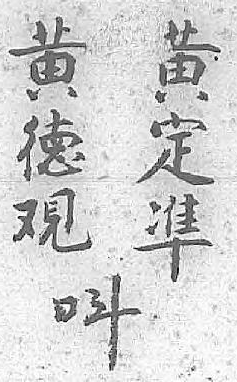
黄黄呌德定 覌凖